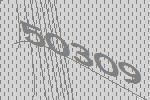
50309